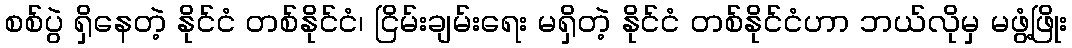
စစ်ပွဲ ရှိနေတဲ့ နိုင်ငံ တစ်နိုင်ငံ၊ ငြိမ်းချမ်းရေး မရှိတဲ့ နိုင်ငံ တစ်နိုင်ငံဟာ ဘယ်လိုမှ မဖွံ့ဖြိုး